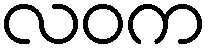
လဝက